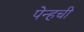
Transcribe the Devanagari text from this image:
पेन्हची